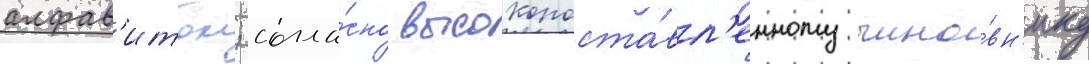
алфав'итом; согла́сно высокопоста́вл'енному чино́вн'ику